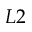
L 2